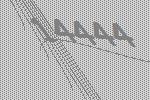
14444